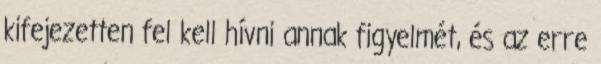
kifejezetten fel kell hívni annak figyelmét, és az erre